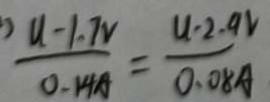
\frac { u - 1 . 7 V } { 0 . 1 4 A } = \frac { u - 2 . 9 v } { 0 . 0 8 A }